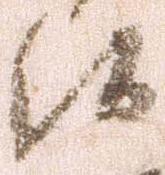
候